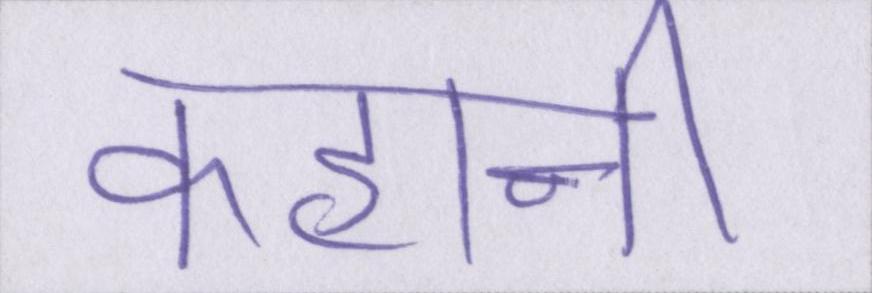
कहानी।